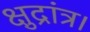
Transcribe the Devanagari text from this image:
क्षुद्रांत्र।